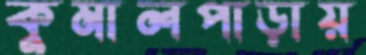
কুমালপাড়ায়